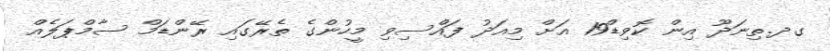
ގދ.ތިނަދޫ އިން ކޮވިޑް19 އަށް މިއަދު ފައްސިވި މީހުންގެ ތެރޭގައި ރޭންޑަމް ސާމްޕަލެއް